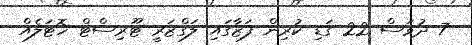
7 ދުވަސް 22 ގަޑި ކުރިން ފަޒާގައި ލަގްޒަރީ ޓޫރިސްޓް ހޮޓަލެއް